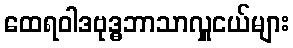
ထေရဝါဒဗုဒ္ဓဘာသာလှူငယ်များ